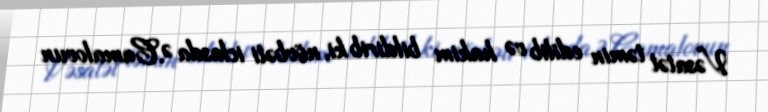
Vəsatət təmin edilib və hakim bildirib ki, növbəti iclasda Ə.Camalovun